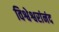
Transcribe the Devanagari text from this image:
विश्वेश्वरांनंद